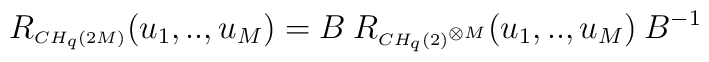
R_{\scriptscriptstyle CH_q(2M)}(u_{1},..,u_{M}) = B \:R_{\scriptscriptstyle CH_{q}(2)^{\otimes M}}(u_{1},..,u_{M}) \: B^{-1} \\